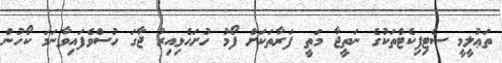
ތަޢުލީމީ ސެޓިފިކެޓްތަކުގެ ނަތީޖާ މަތީ ފަރާތަކަށް ފޯމު ހުށަހެޅިއިރު ޖާގަ ހުސްވެފައިވާނަމަ ކޯހުން